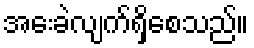
အေးခဲလျက်ရှိစေသည်။